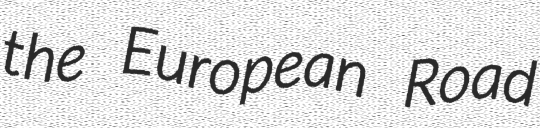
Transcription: the European Road